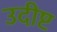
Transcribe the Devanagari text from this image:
उदीष्ट